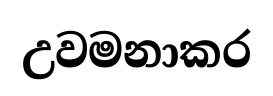
උවමනාකර